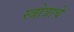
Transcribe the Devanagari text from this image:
स्त्रोत्राचे